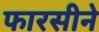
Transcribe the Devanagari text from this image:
फारसीने